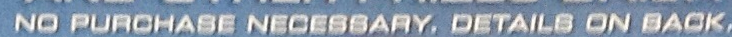
NO PURCHASE NECESSARY, DETAILS ON BACK,